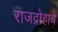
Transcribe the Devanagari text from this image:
राजद्रोहाचे